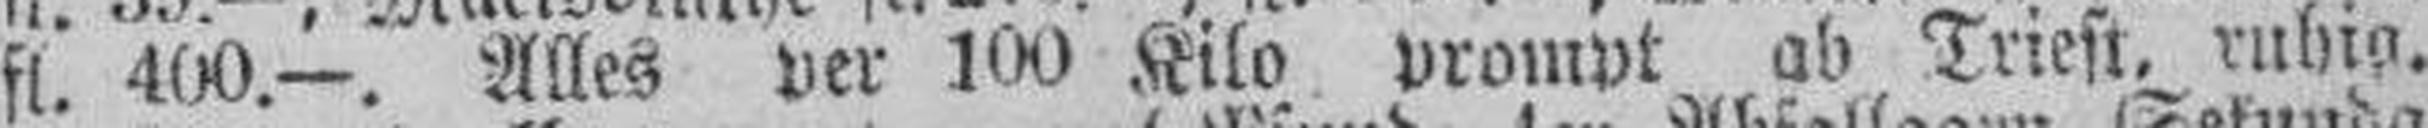
fl. 400.—. Alles per 100 Kilo prompt ab Triest, ruhig.